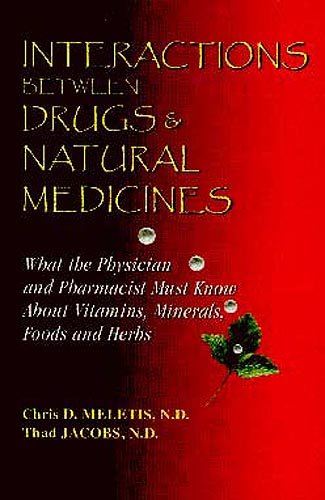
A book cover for Interactions Between Drugs & Natural Medicines: What the Physician and Pharmacist Must Know About Vitamins, Minerals, Foods and Herbs; Chris Meletis; Health, Fitness & Dieting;